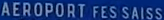
AEROPORT FES SAISS